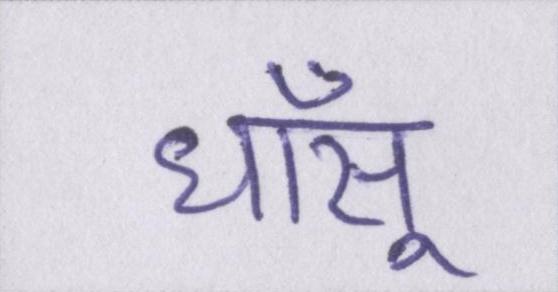
धाँसू